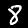
Digit: 8